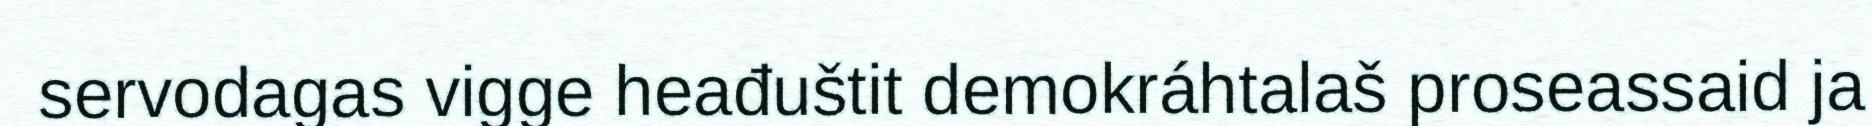
servodagas vigge heađuštit demokráhtalaš proseassaid ja